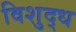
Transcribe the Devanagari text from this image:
विशुद्‍ध